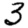
Digit: 3